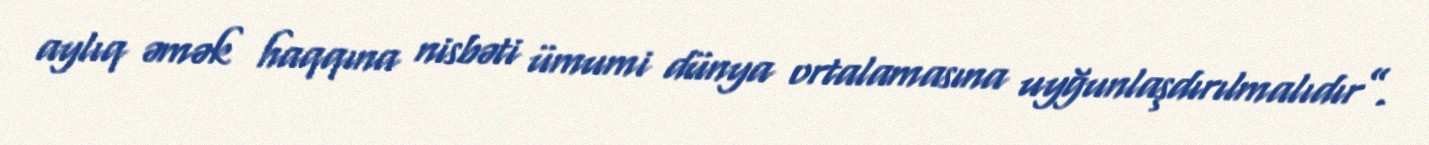
aylıq əmək haqqına nisbəti ümumi dünya ortalamasına uyğunlaşdırılmalıdır”.